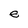
Character: e